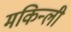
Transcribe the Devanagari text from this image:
मकिन्ली